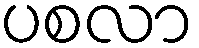
ပစလာ